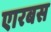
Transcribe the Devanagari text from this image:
एारबस